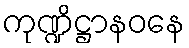
ကုဏ္ဍိဋ္ဌာနဝနေ